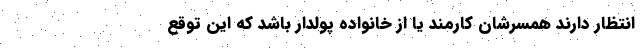
انتظار دارند همسرشان کارمند یا از خانواده پولدار باشد که این توقع